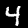
Label: 4